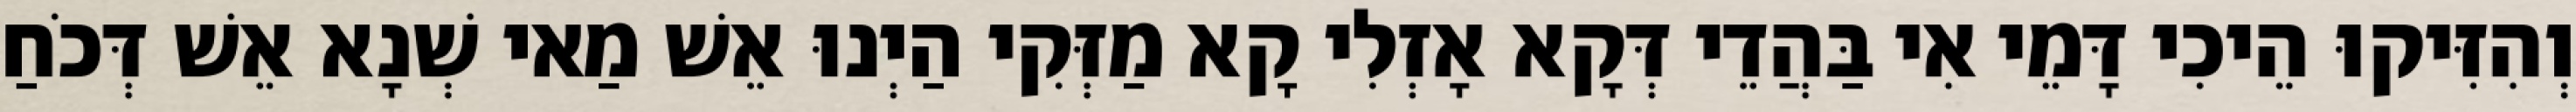
וְהִזִּיקוּ הֵיכִי דָּמֵי אִי בַּהֲדֵי דְּקָא אָזְלִי קָא מַזְּקִי הַיְנוּ אֵשׁ מַאי שְׁנָא אֵשׁ דְּכֹחַ